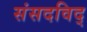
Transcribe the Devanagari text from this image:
संसदविद्‌